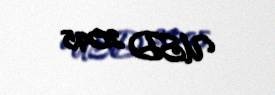
USD 2095